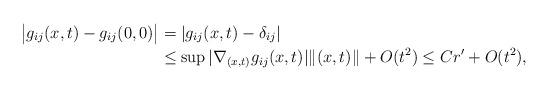
LaTeX: \begin{align*} \big |g_{ij}(x,t)-g_{ij}(0,0) \big | & = |g_{ij}(x,t)-\delta_{ij}| \\ &\leq \sup | \nabla_{(x,t)} g_{ij}(x,t)| \Vert (x,t)\Vert +O(t^2) \leq Cr'+O(t^2),\end{align*}